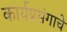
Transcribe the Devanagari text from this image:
कार्यप्रसंगाचे